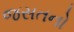
જસતનો